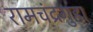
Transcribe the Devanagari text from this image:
रामचंद्रगुहा